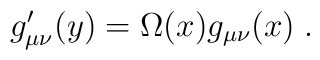
g_{\mu \nu }^{\prime }(y)=\Omega (x)g_{\mu \nu }(x)\;.